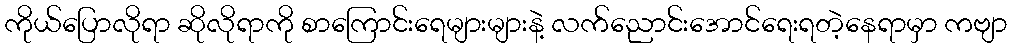
ကိုယ်ပြောလိုရာ ဆိုလိုရာကို စာကြောင်းရေများများနဲ့ လက်ညောင်းအောင်ရေးရတဲ့နေရာမှာ ကဗျာ